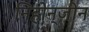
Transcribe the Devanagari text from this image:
निहोन्जीन